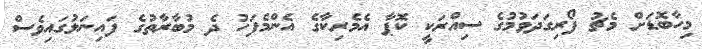
މިހާބޮޑަށް މެޗު ފޯރިގަދަވުމުގެ ސިއްރަކީ ކޮޕާ އެމެރިކާގެ އެންމެފަހު ދެ މުބާރާތުގެ ފައިނަލުގައިވެސް